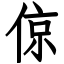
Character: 倞